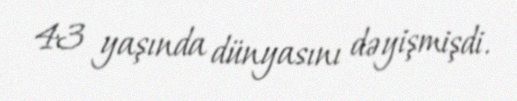
43 yaşında dünyasını dəyişmişdi.